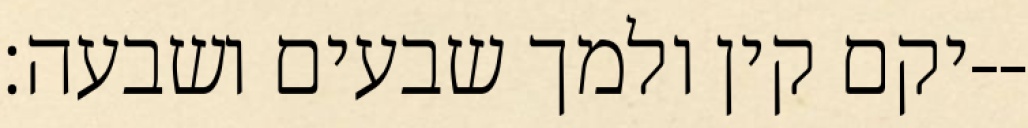
יקם קין ולמך שבעים ושבעה׃--